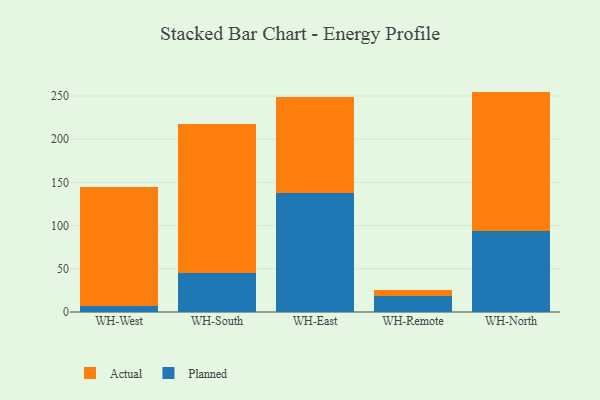
{"axis": {"x": "Warehouse", "y": "Headcount"}, "legend": ["Actual", "Planned"], "data": [{"x": "WH-West", "y": 7.4, "type": "Planned"}, {"x": "WH-West", "y": 137.1, "type": "Actual"}, {"x": "WH-South", "y": 45.4, "type": "Planned"}, {"x": "WH-South", "y": 172.4, "type": "Actual"}, {"x": "WH-East", "y": 137.7, "type": "Planned"}, {"x": "WH-East", "y": 110.8, "type": "Actual"}, {"x": "WH-Remote", "y": 18.0, "type": "Planned"}, {"x": "WH-Remote", "y": 7.0, "type": "Actual"}, {"x": "WH-North", "y": 93.3, "type": "Planned"}, {"x": "WH-North", "y": 161.8, "type": "Actual"}]}